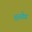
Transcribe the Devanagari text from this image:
शस्त्रवैद्य